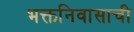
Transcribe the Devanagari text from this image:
भक्तनिवासाची